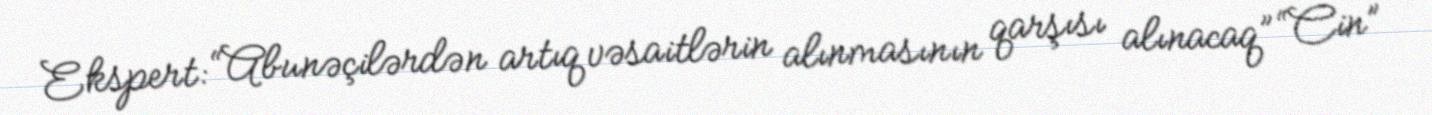
Ekspert: “Abunəçilərdən artıq vəsaitlərin alınmasının qarşısı alınacaq” “Cin”